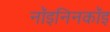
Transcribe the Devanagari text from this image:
नॉइनिनकॉइ